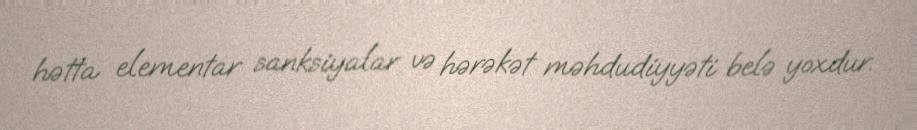
hətta elementar sanksiyalar və hərəkət məhdudiyyəti belə yoxdur.